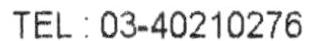
TEL : 03-40210276